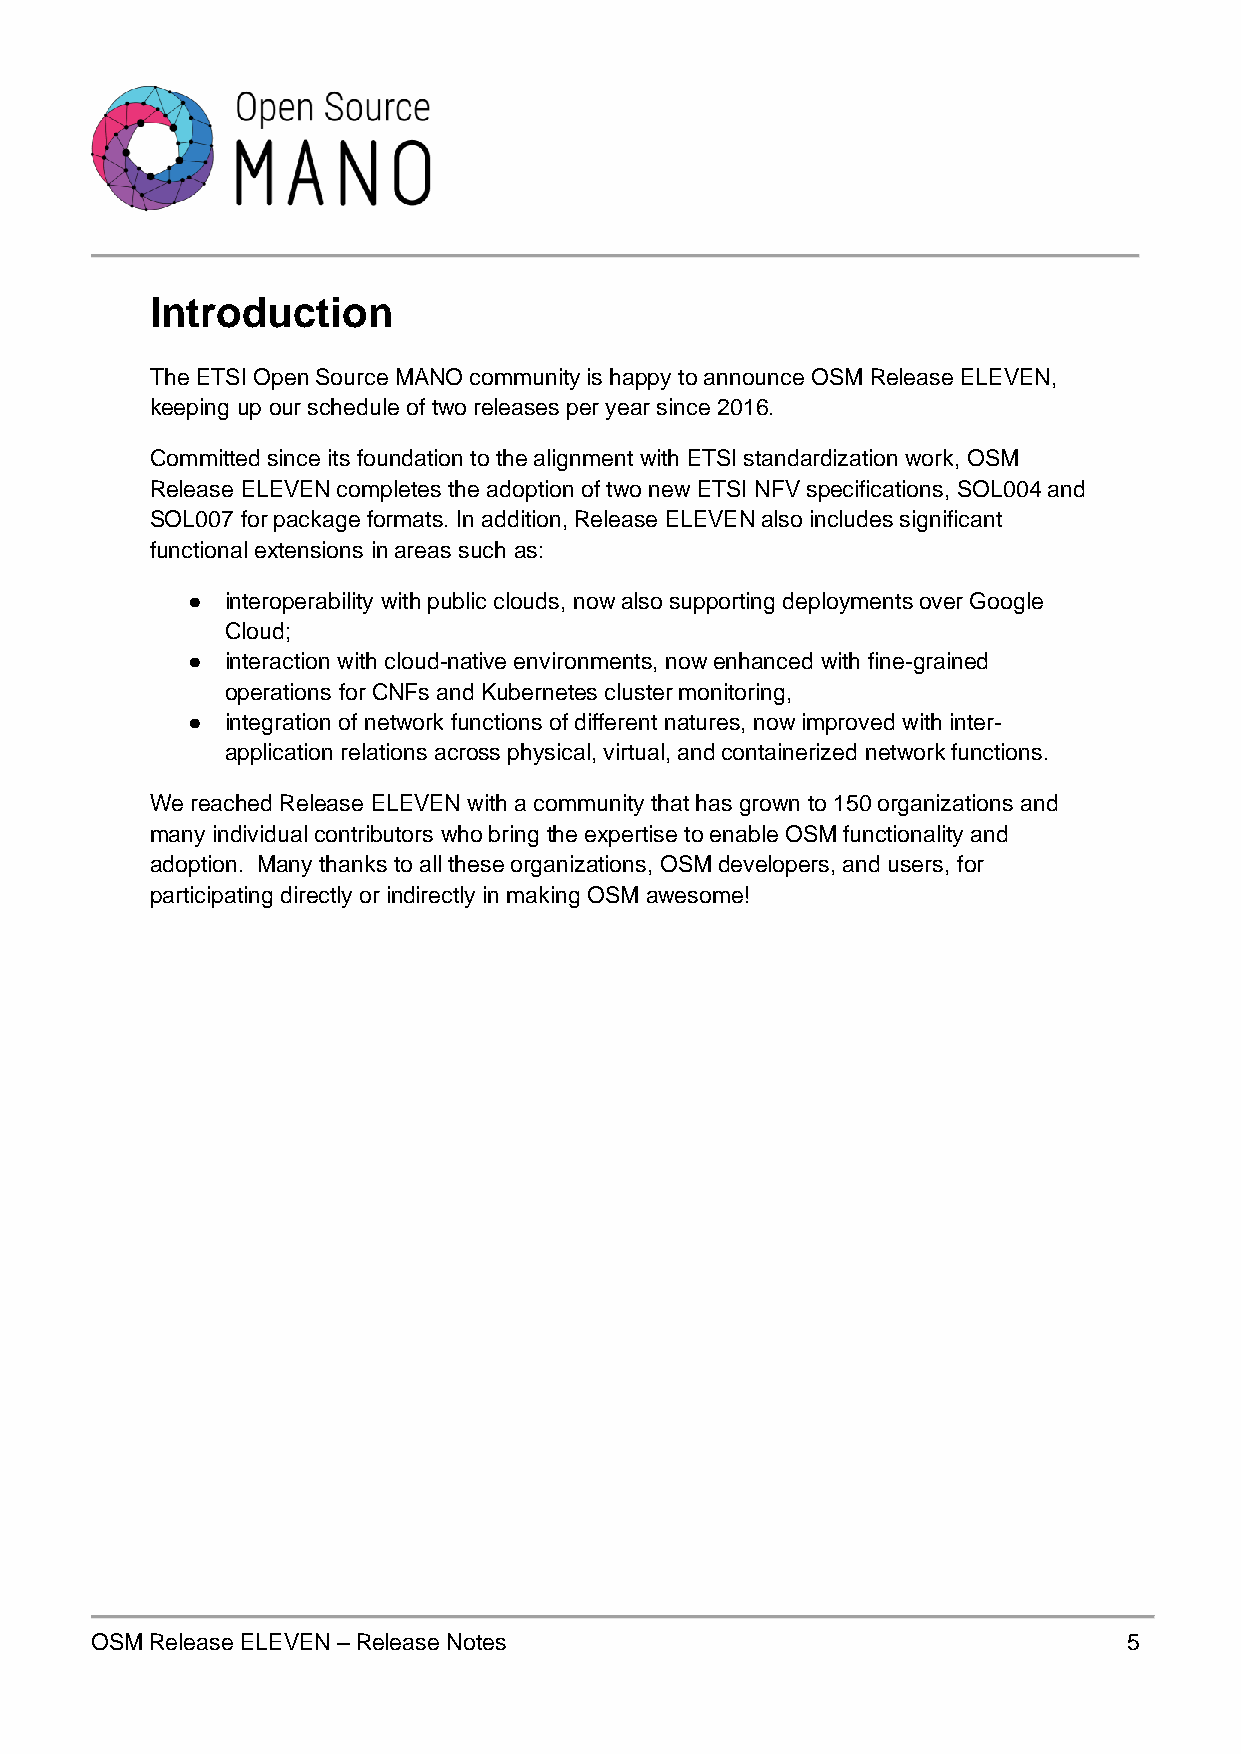
Introduction
 The ETSI Open Source MANO community is happy to announce OSM Release ELEVEN,
 keeping up our schedule of two releases per year since 2016.
 Committed since its foundation to the alignment with ETSI standardization work, OSM
 Release ELEVEN completes the adoption of two new ETSI NFV specifications, SOL004 and
 SOL007 for package formats. In addition, Release ELEVEN also includes significant
 functional extensions in areas such as:
 ●  interoperability with public clouds, now also supporting deployments over Google
 Cloud;
 ●  interaction with cloud-native environments, now enhanced with fine-grained
 operations for CNFs and Kubernetes cluster monitoring,
 ●  integration of network functions of different natures, now improved with inter-
 application relations across physical, virtual, and containerized network functions.
 We reached Release ELEVEN with a community that has grown to 150 organizations and
 many individual contributors who bring the expertise to enable OSM functionality and
 adoption. Many thanks to all these organizations, OSM developers, and users, for
 participating directly or indirectly in making OSM awesome!
 OSM Release ELEVEN – Release Notes                                   5